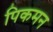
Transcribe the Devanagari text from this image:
पिकमन